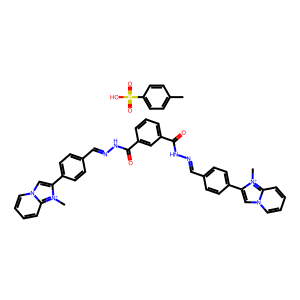
SMILES: C[n+]1c(-c2ccc(C=NNC(=O)c3cccc(C(=O)NN=Cc4ccc(-c5cn6ccccc6[n+]5C)cc4)c3)cc2)cn2ccccc21.Cc1ccc(S(=O)(=O)O)cc1
Inhibits HIV replication: Yes